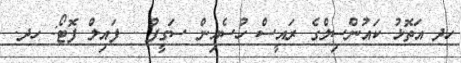
ހދ އަތޮޅު ކައުންސިލްގެ ރައީސް ހުސެއިން ސަގީފު - ފައިލް ފޮޓޯ: ހދ.